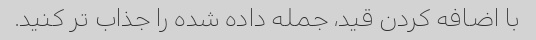
با اضافه کردن قید، جمله داده شده را جذاب تر کنید.